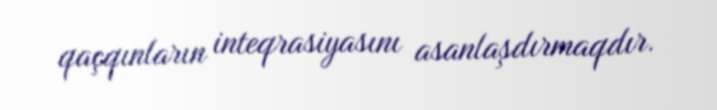
qaçqınların inteqrasiyasını asanlaşdırmaqdır.